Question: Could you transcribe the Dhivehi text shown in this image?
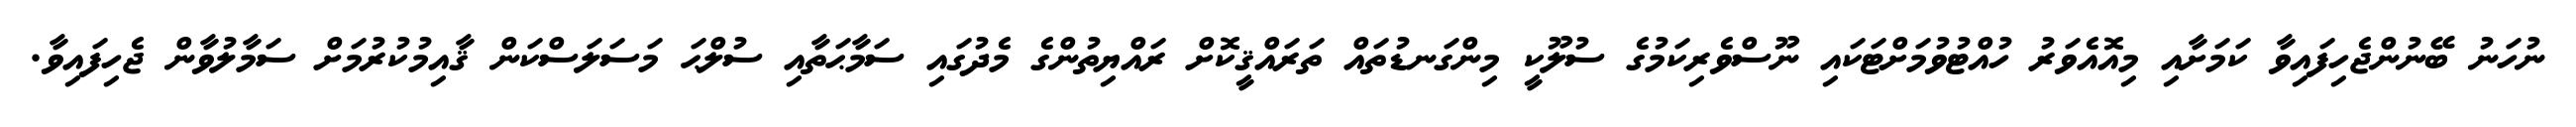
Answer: ނުހަނު ބޭނުންޖެހިފައިވާ ކަމަށާއި މިއޮއެވަރު ހުއްޓުވުމަށްޓަކައި ނޫސްވެރިކަމުގެ ސުލޫކީ މިންގަނޑުތައް ތަރައްޤީކޮށް ރައްޔިތުންގެ މެދުގައި ސަމާޙަތާއި ސުލްޙަ މަސަލަސްކަން ޤާއިމުކުރުމަށް ސަމާލުވާން ޖެހިފައިވާ.